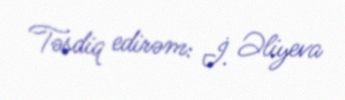
Təsdiq edirəm: İ. Əliyeva